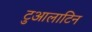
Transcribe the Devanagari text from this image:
टुआलाटिन